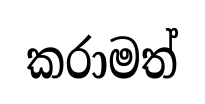
කරාමත්